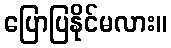
ပြောပြနိုင်မလား။